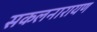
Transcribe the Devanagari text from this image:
सकलनारायण